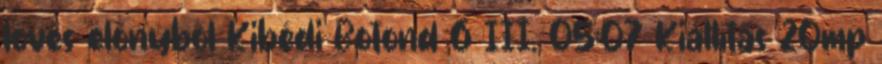
lövés előnyből Kibédi Botond 6 III. 05:07 Kiállítás 20mp